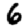
Digit: 6